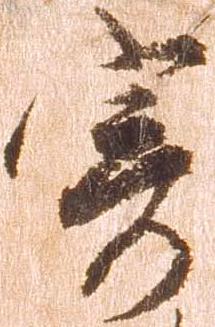
寄